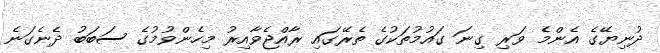
ދުނިޔޭގެ އެންމެ ވަރި ގިނަ ގައުމުތަކުގެ ތެރޭގައި ރާއްޖެވާއިރު މިހެންވުމުގެ ސަބަބު ދެނެގަނެ